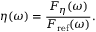
\eta ( \omega ) = \frac { F _ { \eta } ( \omega ) } { F _ { \mathrm { r e f } } ( \omega ) } .